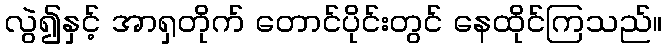
လွဲ၍နှင့် အာရှတိုက် တောင်ပိုင်းတွင် နေထိုင်ကြသည်။